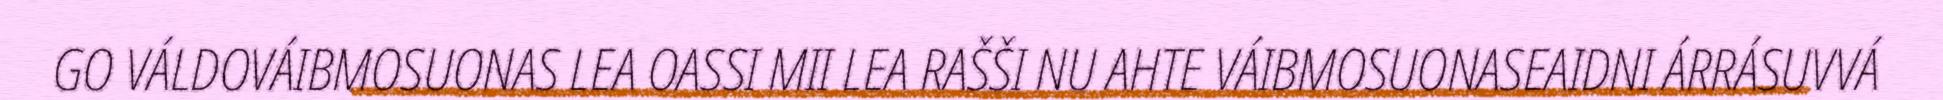
GO VÁLDOVÁIBMOSUONAS LEA OASSI MII LEA RAŠŠI NU AHTE VÁIBMOSUONASEAIDNI ÁRRÁSUVVÁ